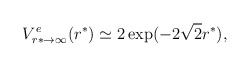
\begin{align*}V^e_{r*\to \infty}(r^*) \simeq 2 \exp( -2 \sqrt 2 r^*),\end{align*}